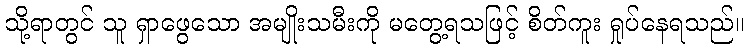
သို့ရာတွင် သူ ရှာဖွေသော အမျိုးသမီးကို မတွေ့ရသဖြင့် စိတ်ကူး ရှုပ်နေရသည်။